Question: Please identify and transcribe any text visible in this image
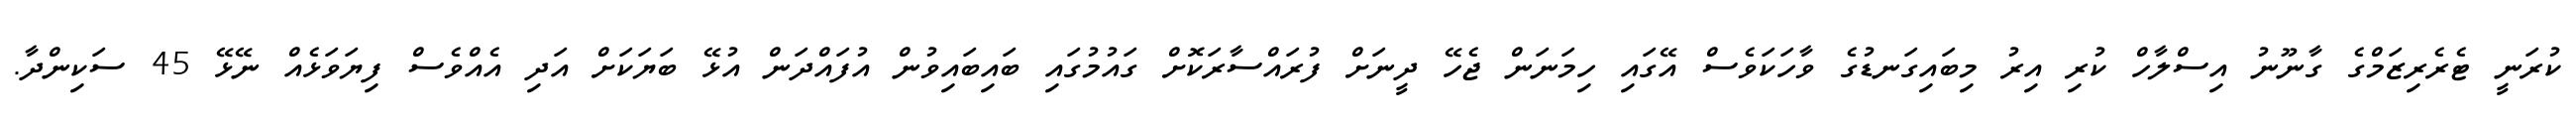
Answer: ކުރަނީ ޓެރެރިޒަމްގެ ގާނޫނު އިސްލާހް ކުރި އިރު މިބައިގަނޑުގެ ވާހަކަވެސް އޭގައި ހިމަނަން ޖެހޭ ދީނަށް ފުރައްސާރަކޮށް ގައުމުގައި ބައިބައިވުން އުފައްދަން އުޅޭ ބަޔަކަށް އަދި އެއްވެސް ފިޔަވަޅެއް ނޭޅޭ 45 ސަކިންދާ.